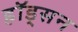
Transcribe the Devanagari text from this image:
हॉड्सन